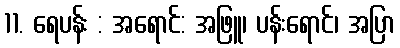
11. ရေပန်း : အရောင်: အဖြူ၊ ပန်းရောင်၊ အပြာ